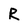
Character: R